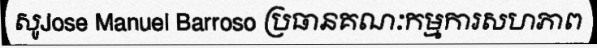
សូJose Manuel Barroso ប្រធានគណៈកម្មការសហភាព